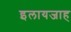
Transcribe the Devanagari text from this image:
इलायजाह